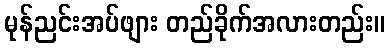
မုန်ညင်းအပ်ဖျား တည်ခိုက်အလားတည်း။